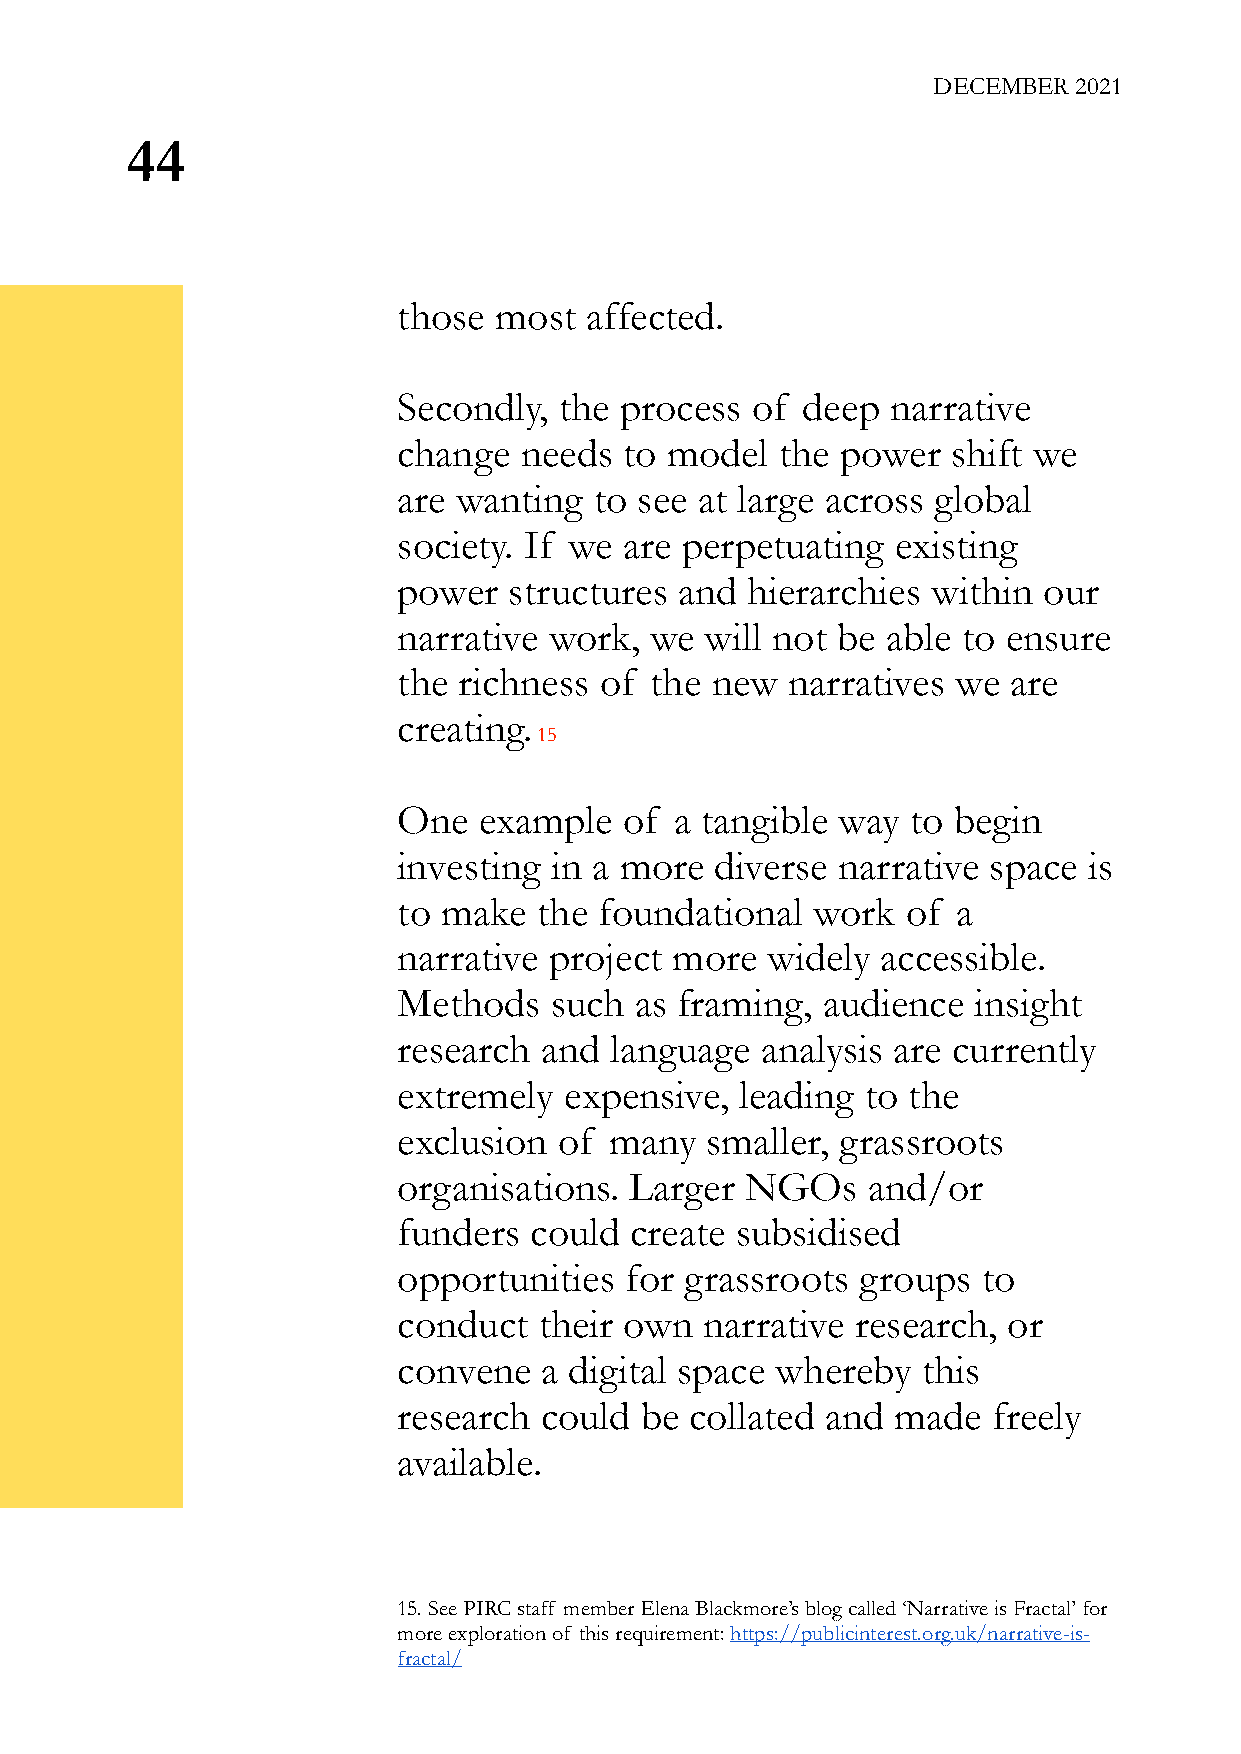
DECEMBER 2021
 44
 those  most  affected.
 Secondly,  the process  of deep  narrative
 change  needs  to model   the power  shift we
 are wanting  to see at large across global
 society. If we are perpetuating  existing
 power   structures and hierarchies  within our
 narrative work,  we  will not be able to ensure
 the richness  of the new  narratives we  are
 creating.
 15
 One   example  of  a tangible way to begin
 investing in a more  diverse narrative space  is
 to make   the foundational  work  of a
 narrative project more   widely accessible.
 Methods   such  as framing, audience  insight
 research  and language  analysis are currently
 extremely  expensive,  leading to the
 exclusion  of many   smaller, grassroots
 organisations.  Larger NGOs    and/or
 funders  could  create subsidised
 opportunities  for grassroots  groups  to
 conduct   their own  narrative research, or
 convene   a digital space whereby  this
 research  could be  collated and made   freely
 available.
 15. See PIRC staff member Elena Blackmore’s blog called ‘Narrative is Fractal’ for
 more exploration of this requirement: https://publicinterest.org.uk/narrative-is-
 fractal/